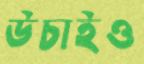
উচাইও